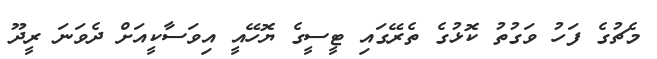
މެޗުގެ ފަހު ވަގުތު ކޮޅުގެ ތެރޭގައި ޓީސީގެ ޔޮހޭއީ އިވަސާކީއަށް ދެވަނަ ރީދޫ